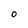
Character: O